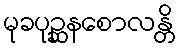
မုခပုဉ္ဆနစောလန္တိ